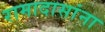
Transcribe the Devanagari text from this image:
रामादासांना